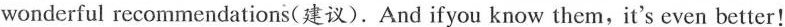
wonderful recommendations(建议). And ifyou know them,it's even better!